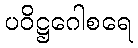
ပဝိဋ္ဌဂေါစရေ